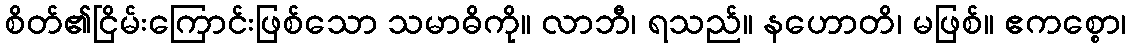
စိတ်၏ငြိမ်းကြောင်းဖြစ်သော သမာဓိကို။ လာဘီ၊ ရသည်။ နဟောတိ၊ မဖြစ်။ ဧကစ္စော၊